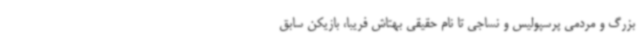
بزرگ و مردمی پرسپولیس و نساجی تا نام حقیقی بهتاش فریبا، بازیکن سابق